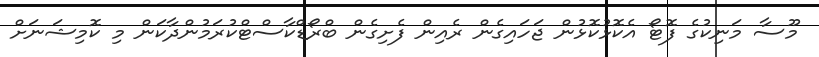
މޫސާ މަނިކުގެ ފޮޓޯ އެކޮޅުކޮޅުން ޖަހައިގެން ރެއިން ފެށިގެން ބްރޯޑްކާސްޓްކުރަމުންދާކަން މި ކޮމިޝަނަށް